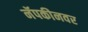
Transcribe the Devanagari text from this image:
नॅपकीनवर